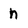
Character: n